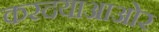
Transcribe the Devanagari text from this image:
करदयाआओर